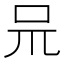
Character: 𠯚